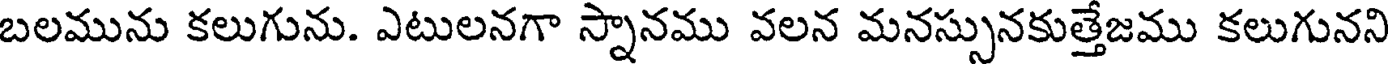
బలమును కలుగును. ఎటులనగా స్నానము వలన మనస్సునకుత్తేజము కలుగునని